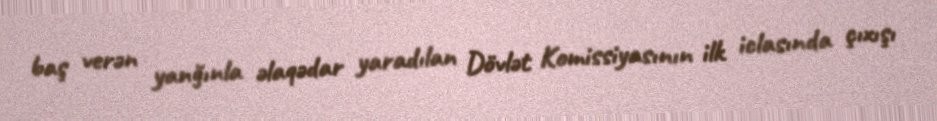
baş verən yanğınla əlaqədar yaradılan Dövlət Komissiyasının ilk iclasında çıxışı